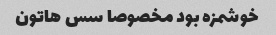
خوشمزه بود مخصوصا سس هاتون